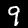
Digit: 9